Report on malaria in the Punjab during the year ...  together with an account of the work of the Punjab Malaria Bureau - Volume 5
Disease focus: Malaria
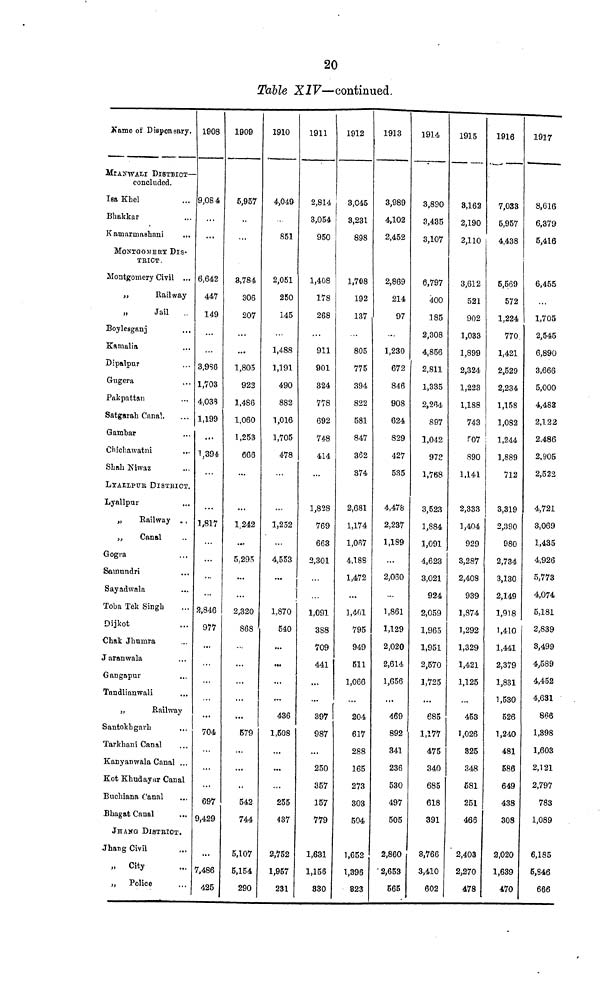
20
Table XIV—continued.
Ñame of Dispensary.
MIANWALI DISTRICT-
concluded.
Isa Khel
Bhakkar
KamarmaShani
MONTGOERY DIS-
TRICT.
Montgomery Civil ...
,,
Railway
,,
Jail
Boylesganj
Kamalia
Dipalpur
Gugera
Pakpattan
Satgarah Canal.
Gambar
Chichawatni
Shah Niwaz
LYALLPUR DISTRICT.
Lyallpur
,,
Railway
..
,,
Canal
Gogra
Samundri
Sayadwala
Toba Tek Singh
Dijkot
Chak Jhumra
Jaranwala
Gangapur
Tandlianwali
„
Railway
Santokhgarh
Tarkhani Canal
Kanyanwala Canal ...
Kot Khudayar Canal
Buchiana Canal
Bhagat Canal
JHANG DISTRICT.
Jhang Civil
»
City
,,
Police
1908
9,084
...
6,642
447
149
3,986
1,703
4,038
1,199
...
1,394
1,817
...
...
2,846
977
...
...
...
704
...
...
697
9,429
...
7,486
425
1909
5,957
••
3,784
306
207
...
1,805
922
1,486
1,060
1,253
666
...
1.242
...
5,295
...
2,320
868 •
...
...
579
...
.,
542
744
5,107
5,154
290
1910
4,049
851
2,051
250
145
1,488
1,191
490
882
1,016
1,705
478
1,252
...
4,553
,..
1,870
540
...
...
...
...
436
1,508
...
...
255
437
2,752
1,957
231
1911
2,814
3,054
950
1,408
178
268
911
901
324
778
692
748
414
1,828
769
663
2,301
1,091
388
709
441
...
397
987
...
250
357
157
779
1,631
1,156
330
1912
3,045
3,231
898
1,7©8
192
137
805
775
394
822
581
847
362
374
2,681
1,174
l,067
4,188
1,472
1,401
795
949
511
1,066
204
617
288
165
273
303
504
1,652
1,396
823
1913
3,989
4,102
2,452
2,869
214
97
1,230
672
846
908
624
829
427
535
4,478
2,237
1,189
...
2,060
...
1,861
1,129
2,020
2,614
1,656
...
469
892
341
236
530
497
505
2,860
2,653
565
1914
3,890
3,435
3,107
6,797
400
185
2,308
4,856
2,811
1,335
2,264
897
1,042
978
1,768
3,523
1,884
1,091
4,623
3,021
924
2,059
1,965
1,951
2,570
1,725
...
685
1,177
475
340
685
618
391
8,766
3,410
602
1915
3,162
2,190
2,110
3,612
521
902
1,033
1,899
2,324
1,223
1,188
743
507
890
1,141
2,333
1,404
929
3,287
2,408
939
1,874
1,292
1,329
1,421
1,125
453
1,026
325
348
581
251
466
2,403
2,270
478
1916
7,033
5,957
4,438
5,569
572
1,224
770
1,421
2,529
2,234
1,158
1,082
1,244
1,889
712
3,319
2,390
980
2,734
3,130
2,149
1,918
1,410
1,441
2,379
1,831
1,530
526
1,240
481
586
649
438
308
2,020
1,639
470
1917
8,616
6,379
5,416
6,455
1,705
2,545
6,890
3,666
5,000
4,483
2,122
2,486
2,905
2,522
4,721
3,069
1,435
4,926
5,773
4,074
5,181
2,839
3,499
4,589
4,452
4,631
866
1,398
1,603
2,121
2,797
783
1,089
6,185
5,846
666